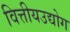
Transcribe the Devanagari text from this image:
वित्तीयउद्योग